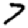
Digit: 7